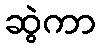
ဆွဲကာ